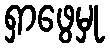
ရှာဖွေမှု